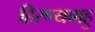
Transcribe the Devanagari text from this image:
हिरण्यबाहु